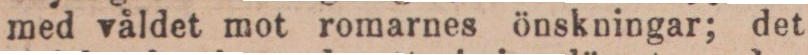
med våldet mot romarnes önskningar; det